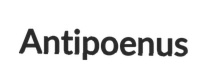
Antipoenus